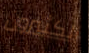
الكثيرون